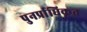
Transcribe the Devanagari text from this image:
पुनर्प्राधिकृत